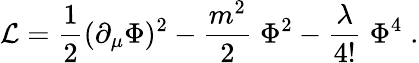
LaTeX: {\cal L}=\frac 12(\partial_{\mu}\Phi)^{2}-{\frac{m^{2}}{2}}\; \Phi^{2}-{\frac{\lambda}{4!}}\; \Phi^{4}\; .